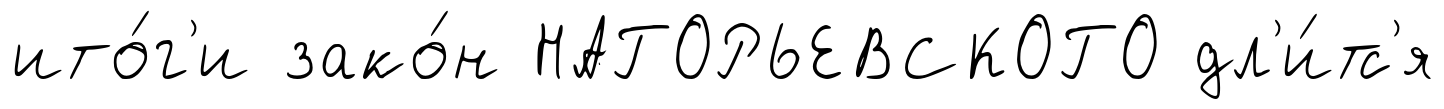
ито́г'и зако́н НАГОРЬЕВСКОГО дл'и́тс'я